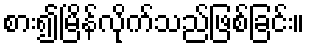
စား၍မြိန်လိုက်သည်ဖြစ်ခြင်း။